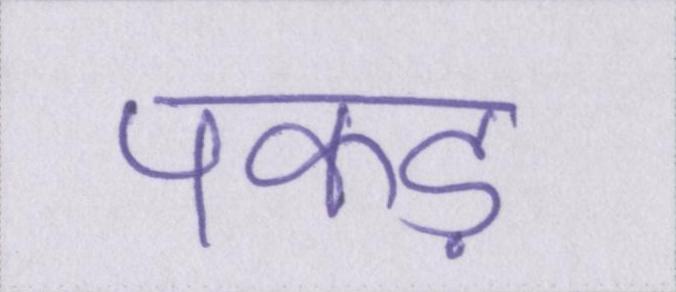
पकड़